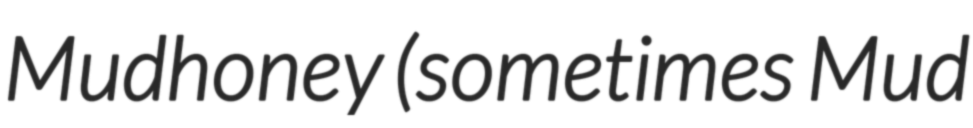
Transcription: Mudhoney (sometimes Mud